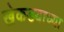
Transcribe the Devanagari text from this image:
खेकडयाच्या